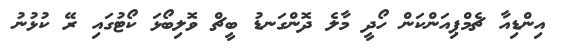
އިންޑިއާ ޗެމްޕިއަންކަން ހޯދީ މާލެ ދޮންގަނޑު ބީޗް ވޮލިބޯޅަ ކޯޓުގައި ރޭ ކުޅުނު